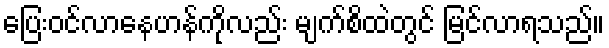
ပြေးဝင်လာနေဟန်ကိုလည်း မျက်စိထဲတွင် မြင်လာရသည်။